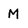
Character: M